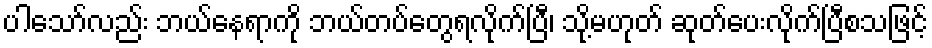
ပါသော်လည်း ဘယ်နေရာကို ဘယ်တပ်တွေရလိုက်ပြီ၊ သို့မဟုတ် ဆုတ်ပေးလိုက်ပြီစသဖြင့်